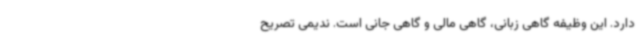
دارد. این وظیفه گاهی زبانی، گاهی مالی و گاهی جانی است. ندیمی تصریح